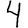
Digit: 4